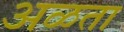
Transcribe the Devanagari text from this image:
अळता